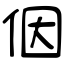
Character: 𪜶